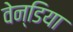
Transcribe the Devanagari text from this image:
वेन्डिया